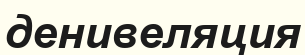
денивеляция